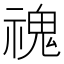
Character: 𩲡